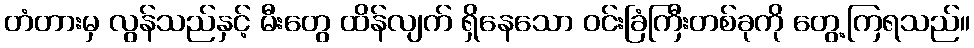
တံတားမှ လွန်သည်နှင့် မီးတွေ ထိန်လျက် ရှိနေသော ဝင်းခြံကြီးတစ်ခုကို တွေ့ကြရသည်။